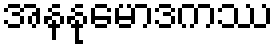
အနနုမောဒကဿ